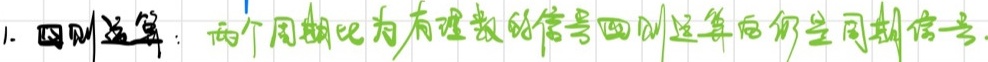
1. 四则运算：两个周期比为有理数的信号四则运算后仍是周期信号.